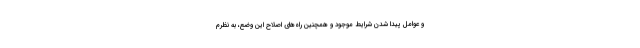
و عوامل پیدا شدن شرایط موجود و همچنین راه‌های اصلاح این وضع، به نظرم